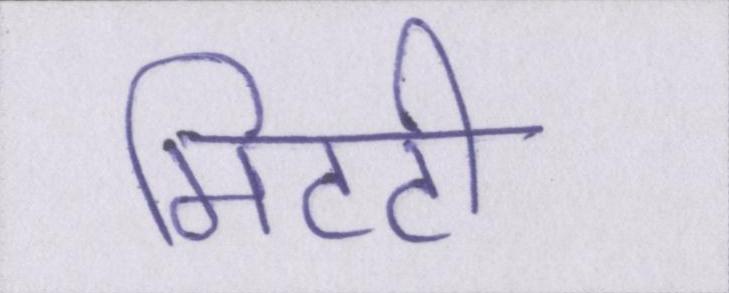
मिटटी